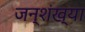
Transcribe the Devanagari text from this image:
जन्शंख्या